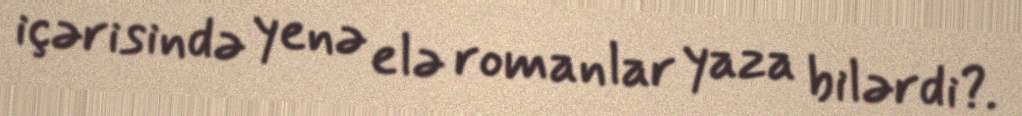
içərisində yenə elə romanlar yaza bilərdi?.